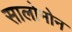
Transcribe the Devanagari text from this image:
सालोमोन